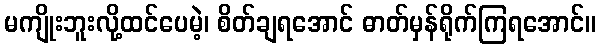
မကျိုးဘူးလို့ထင်ပေမဲ့၊ စိတ်ချရအောင် ဓာတ်မှန်ရိုက်ကြရအောင်။